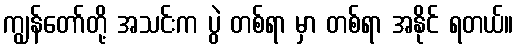
ကျွန်တော်တို့ အသင်းက ပွဲ တစ်ရာ မှာ တစ်ရာ အနိုင် ရတယ်။